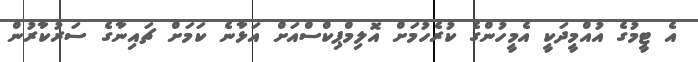
އެ ޓީމުގެ އުއްމީދަކީ އެމީހުންގެ ކުރެހުމަށް އޮލިމްޕިކްސްއަށް އަޅާނެ ކަމަށް ޗައިނާގެ ސަރުކާރުން